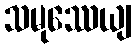
သမုဿေယျ